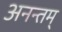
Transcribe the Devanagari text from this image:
अनन्तम्